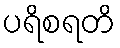
ပရိစရတိ